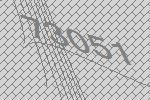
73051